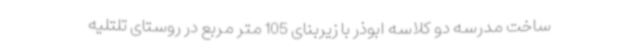
ساخت مدرسه دو کلاسه ابوذر با زیربنای 105 متر مربع در روستای تلتلیه